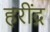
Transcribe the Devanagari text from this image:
हरींद्र